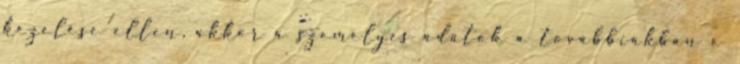
kezelése ellen, akkor a személyes adatok a továbbiakban e